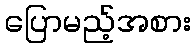
ပြောမည့်အစား